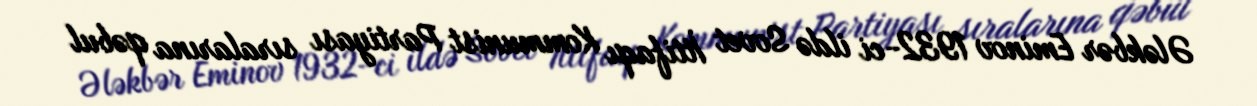
Ələkbər Eminov 1932-ci ildə Sovet İttifaqı Kommunist Partiyası sıralarına qəbul